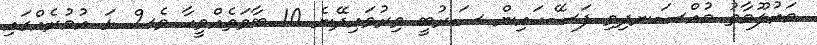
މައުލޫމާތު މުއްސަނދިވި ފަސޭހައިން ސަރުބީ ވިރުވައިދޭނެ 10 ބާވަތެއްވީހާ ވެސް ޅަ އުމުރެއްގައި